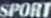
SPORT